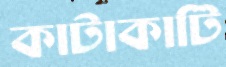
কাটাকাটি